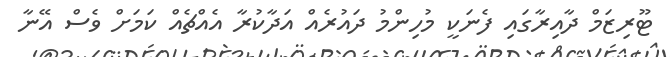
ޓޫރިޒަމް ދާއިރާގައި ފެނަކީ މުހިންމު ދައުރެއް އަދާކުރާ އެއްޗެއް ކަމަށް ވެސް އޭނާ